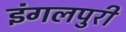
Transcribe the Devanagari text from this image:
इंगलपुरी